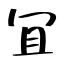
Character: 冝